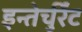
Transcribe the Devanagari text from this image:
इन्तेर्चुर्रेंट